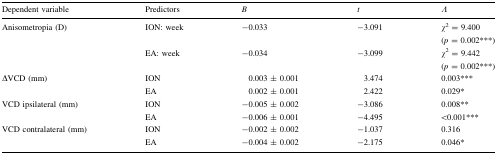
| Dependent variable | Predictors | B | t | Λ |
 | --- | --- | --- | --- | --- |
 | <ROWSPAN=2> Anisometropia (D) | ION: week | −0.033 | −3.091 | χ2 = 9.400(p = 0.002***) |
 | EA: week | −0.034 | −3.099 | χ2 = 9.442(p = 0.002***) |
 | <ROWSPAN=2> ΔVCD (mm) | ION | 0.003 ± 0.001 | 3.474 | 0.003*** |
 | EA | 0.002 ± 0.001 | 2.422 | 0.029* |
 | <ROWSPAN=2> VCD ipsilateral (mm) | ION | −0.005 ± 0.002 | −3.086 | 0.008** |
 | EA | −0.006 ± 0.001 | −4.495 | <0.001*** |
 | <ROWSPAN=2> VCD contralateral (mm) | ION | −0.002 ± 0.002 | −1.037 | 0.316 |
 | EA | −0.004 ± 0.002 | −2.175 | 0.046* |